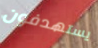
يستهدفون